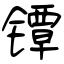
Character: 镡